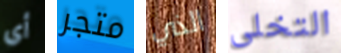
أي متجر الذي التخلى